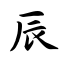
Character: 辰